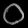
Digit: ၀